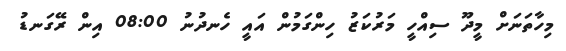
މިހާތަނަށް މީދޫ ސިއްހީ މަރުކަޒު ހިންގަމުން އައީ ހެނދުނު 08:00 އިން ރޭގަނޑު